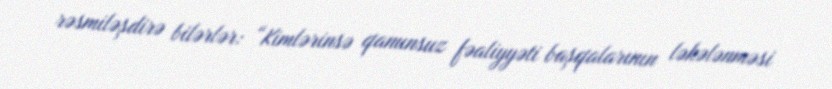
rəsmiləşdirə bilərlər: “Kimlərinsə qanunsuz fəaliyyəti başqalarının ləkələnməsi